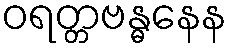
ဝရတ္တဗန္ဓနေန